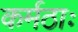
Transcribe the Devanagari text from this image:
कर्मठाः